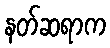
နတ်ဆရာက